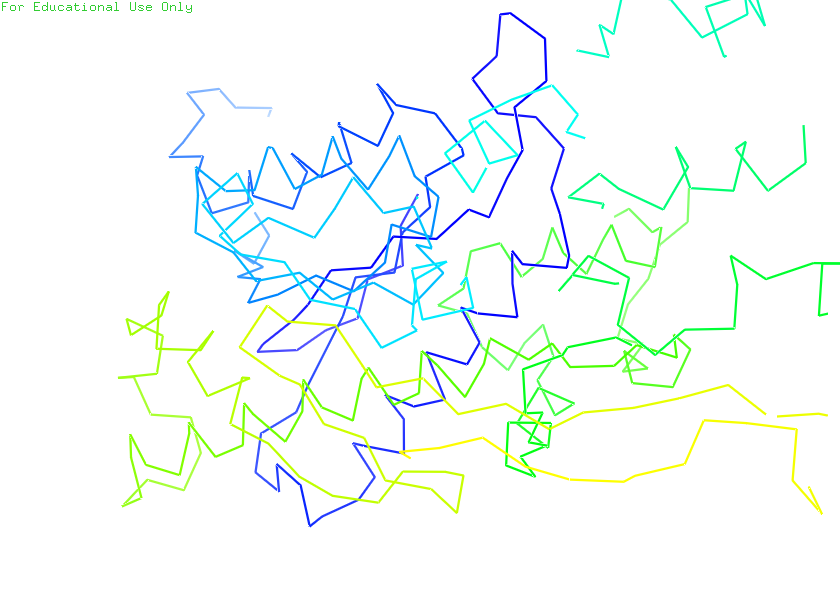
pymol, preset, ligand_sites_mesh